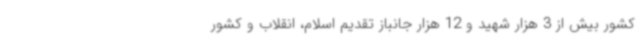
کشور بیش از 3 هزار شهید و 12 هزار جانباز تقدیم اسلام، انقلاب و کشور